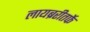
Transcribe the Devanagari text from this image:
लायब्ररीतर्फे